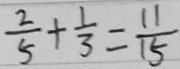
\frac { 2 } { 5 } + \frac { 1 } { 3 } = \frac { 1 1 } { 1 5 }